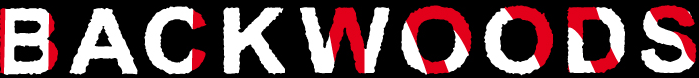
BACKWOODS